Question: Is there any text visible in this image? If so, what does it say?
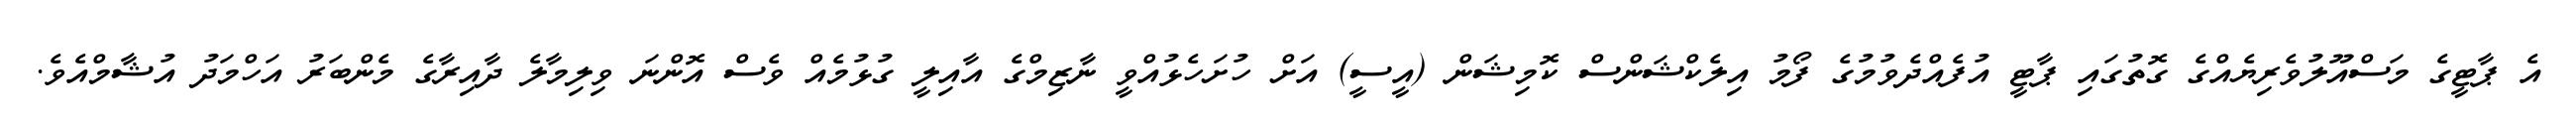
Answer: އެ ޕާޓީގެ މަސްއޫލުވެރިޔެއްގެ ގޮތުގައި ޕާޓީ އުފެއްދެވުމުގެ ފޯމު އިލެކްޝަންސް ކޮމިޝަން (އީސީ) އަށް ހުށަހެޅުއްވީ ނާޒިމްގެ އާއިލީ ގުޅުމެއް ވެސް އޮންނަ ވިލިމާލެ ދާއިރާގެ މެންބަރު އަހްމަދު އުޝާމްއެވެ.